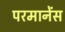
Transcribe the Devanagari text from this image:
परमानेंस